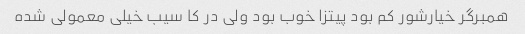
همبرگر خیارشور کم بود پیتزا خوب بود ولی در کا سیب خیلی معمولی شده